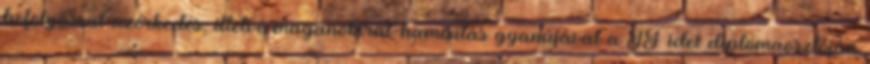
befolyással üzérkedés, illetve magánokirat-hamisítás gyanújával a TF idei diplomaosztóján